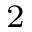
_ 2